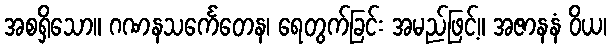
အစရှိသော။ ဂဏနသင်္ကေတေန၊ ရေတွက်ခြင်း အမည်ဖြင့်။ အဇာနနံ ဝိယ၊